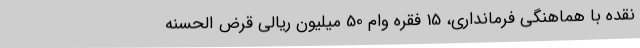
نقده با هماهنگی فرمانداری، 15 فقره وام 50 میلیون ریالی قرض الحسنه